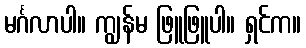
မင်္ဂလာပါ။ ကျွန်မ ဖြူဖြူပါ။ ရှင်က။